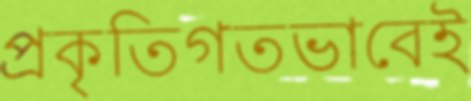
প্রকৃতিগতভাবেই